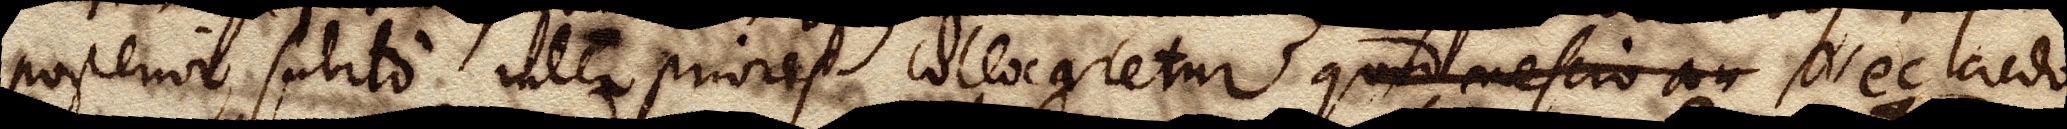
posterior subito inter priores collocaretur, quod nescio an nec credo